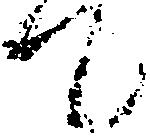
て